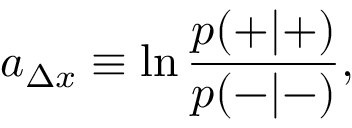
a _ { \Delta x } \equiv \ln \frac { p ( + | + ) } { p ( - | - ) } ,